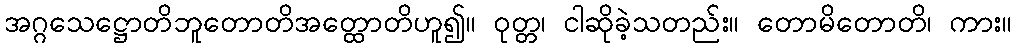
အဂ္ဂသေဋ္ဌောတိဘူတောတိအတ္ထောတိဟူ၍။ ဝုတ္တ၊ ငါဆိုခဲ့သတည်း။ တောမိတောတိ၊ ကား။